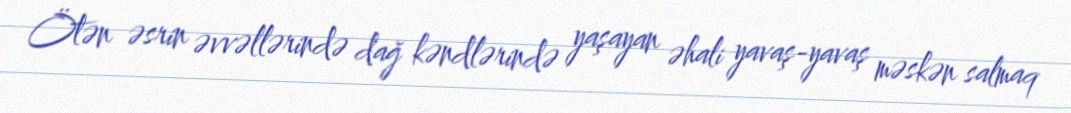
Ötən əsrin əvvəllərində dağ kəndlərində yaşayan əhali yavaş-yavaş məskən salmaq